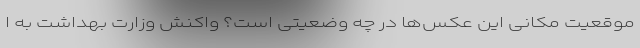
موقعیت مکانی این عکس‌ها در چه وضعیتی است؟ واکنش وزارت بهداشت به ا